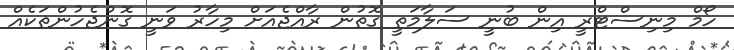
ހޯމް މިނިސްޓްރީ އިން ބުނީ ސަލާމަތީ ގޮތުން ރާއްޖެއަށް މިހާރު ވަނީ ގޮންޖެހުންތަކެއް